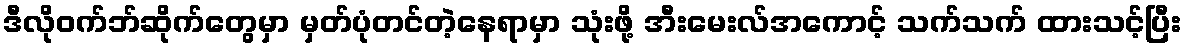
ဒီလိုဝက်ဘ်ဆိုက်တွေမှာ မှတ်ပုံတင်တဲ့နေရာမှာ သုံးဖို့ အီးမေးလ်အကောင့် သက်သက် ထားသင့်ပြီး